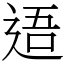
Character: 逜